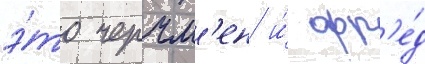
э́то черчм'ен и́ фр'е́д